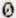
0